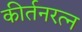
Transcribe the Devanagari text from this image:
कीर्तनरत्‍न